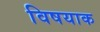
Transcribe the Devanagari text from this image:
विषयाक